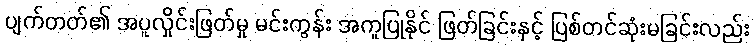
ပျက်တတ်၏ အပူလှိုင်းဖြတ်မှု မင်းကွန်း အကူပြုနိုင် ဖြတ်ခြင်းနှင့် ပြစ်တင်ဆုံးမခြင်းလည်း